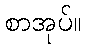
စာအုပ်။